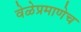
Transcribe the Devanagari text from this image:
वेळेप्रमाणेच